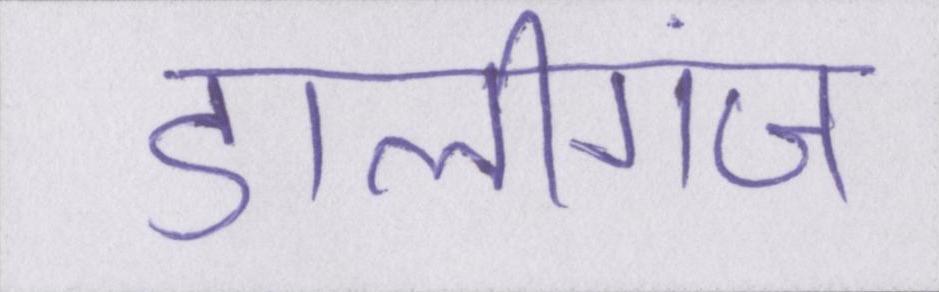
डालीगंज